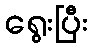
ရွေးပြီး